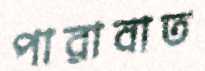
পারাবাত